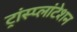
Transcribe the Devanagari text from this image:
ट्रांस्प्लांटेशन